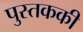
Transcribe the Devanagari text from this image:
पुस्तककी